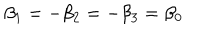
\beta _ { 1 } = - \beta _ { 2 } = - \beta _ { 3 } = \beta _ { 0 }